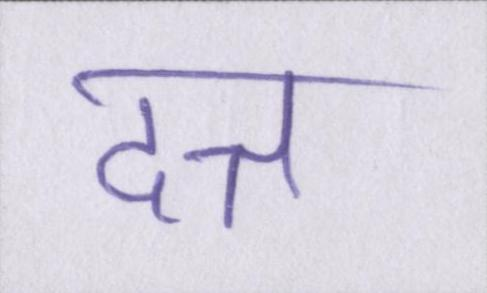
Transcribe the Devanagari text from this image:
दत्त